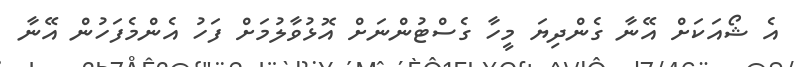
އެ ޝޯއަކަށް އޭނާ ގެންދިޔަ މީހާ ގެސްޓުންނަށް އޮޅުވާލުމަށް ފަހު އެންމެފަހުން އޭނާ